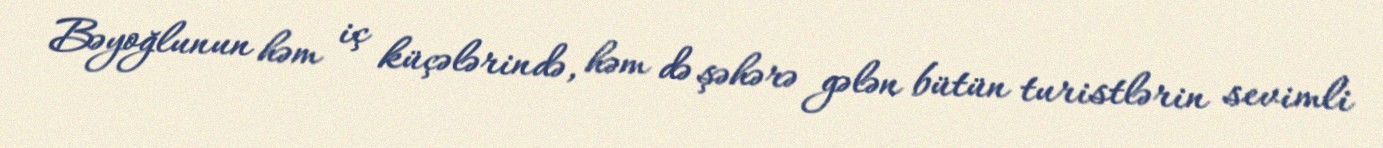
Bəyoğlunun həm iç küçələrində, həm də şəhərə gələn bütün turistlərin sevimli